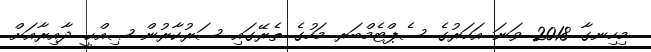
މިހިނގާ 2018 ވަނަ އަހަރުގެ ސެޕްޓެމްބަރ މަހުގެ ތެރޭގައި ސަރުކާރުން ޞިއްޙީ ދާއިރާއަށް